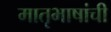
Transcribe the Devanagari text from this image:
मातृभाषांची